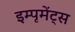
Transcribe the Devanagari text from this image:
इम्पृमेंट्स